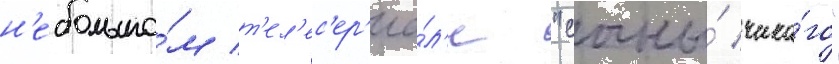
н'ебольшо́м т'ел'ес'ер'иа́л'е "сыны́ чика́го"